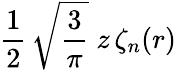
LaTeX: \frac{1}{2}\, \sqrt{\frac{3}{\pi}}\; z\, \zeta_{n}(r)